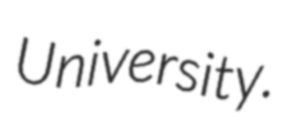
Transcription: University.